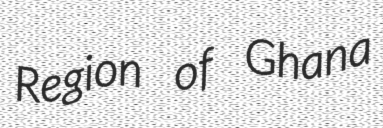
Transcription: Region of Ghana